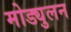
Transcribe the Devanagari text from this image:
मोड्युलन